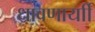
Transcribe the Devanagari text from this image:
धावणार्याी